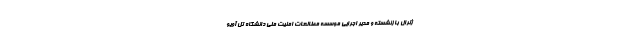
ژنرال بازنشسته و مدیر اجرایی موسسه مطالعات امنیت ملی دانشگاه تل آویو